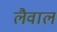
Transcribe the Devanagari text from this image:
लैवाल